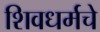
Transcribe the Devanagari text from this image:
शिवधर्मचे